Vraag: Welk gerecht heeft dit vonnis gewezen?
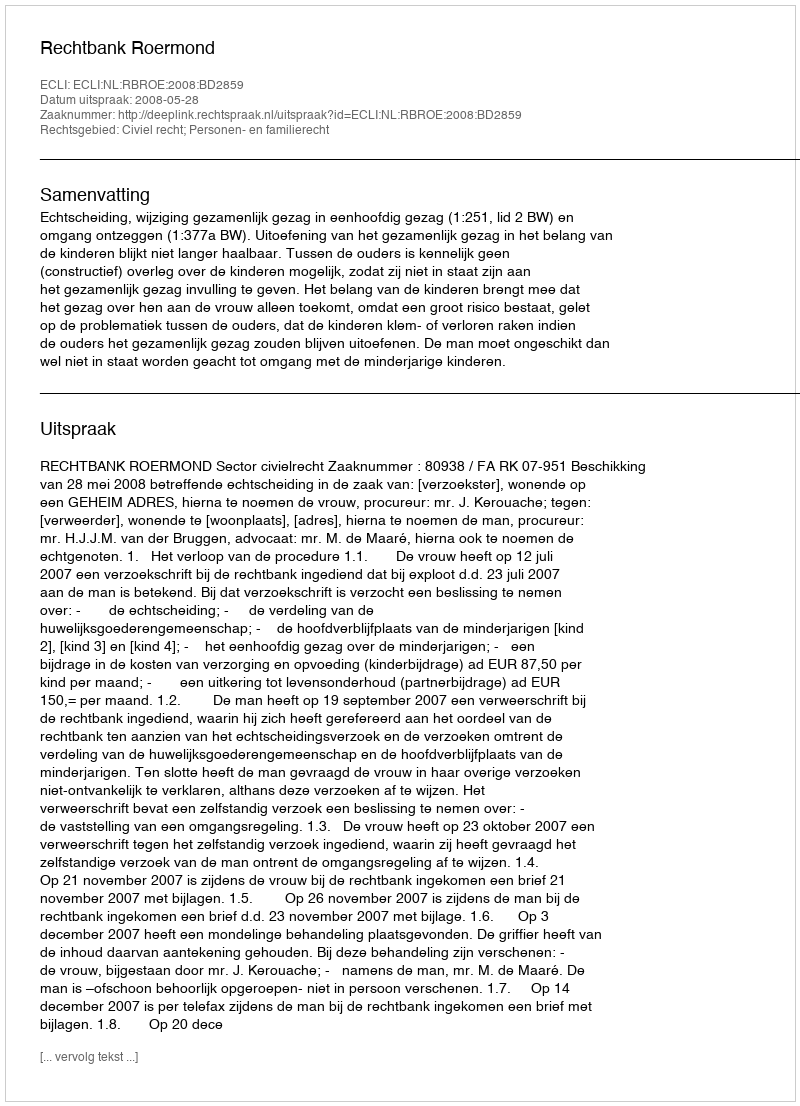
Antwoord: Rechtbank Roermond